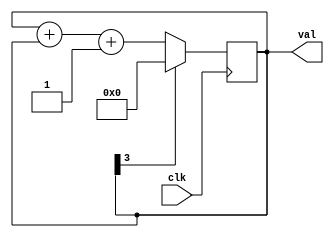
//`timescale 1ns / 1ps
//////////////////////////////////////////////////////////////////////////////////
// Company: 
// Engineer: 
// 
// Design Name: 
// Module Name:    Staircase_logic 
// Project Name: 
// Target Devices: 
// Tool versions: 
// Description: 
//
// Dependencies: 
//
// Revision: 
// Revision 0.01 - File Created
// Additional Comments: 
//
//////////////////////////////////////////////////////////////////////////////////
	 
	 // Shreya_Umarani Staircase Logic

module Shreya_Staircase_logic(input clk,
			output reg[3:0] val);

	always @ (posedge clk) begin
		if(val[3] == 1)
			val <= 0;
		else
			val <= val+ val+1;
   	end

endmodule